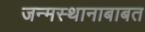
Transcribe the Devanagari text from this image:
जन्मस्थानाबाबत